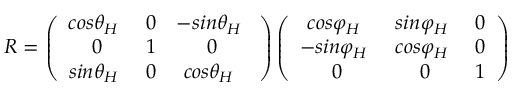
R = \left( \begin{array} { c c c } { { { c o s } { \theta } _ { H } \ } } & { 0 } & { - { { s i n } { \theta } _ { H } \ } } \\ { 0 } & { 1 } & { 0 } \\ { { { s i n } { \theta } _ { H } \ } } & { 0 } & { { { c o s } { \theta } _ { H } \ } } \end{array} \right) \left( \begin{array} { c c c } { { { c o s } { \varphi } _ { H } \ } } & { { { s i n } { \varphi } _ { H } \ } } & { 0 } \\ { - { { s i n } { \varphi } _ { H } \ } } & { { { c o s } { \varphi } _ { H } \ } } & { 0 } \\ { 0 } & { 0 } & { 1 } \end{array} \right)